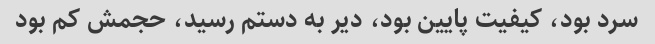
سرد بود، کیفیت پایین بود، دیر به دستم رسید، حجمش کم بود